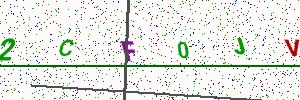
Text: 2CF0JV